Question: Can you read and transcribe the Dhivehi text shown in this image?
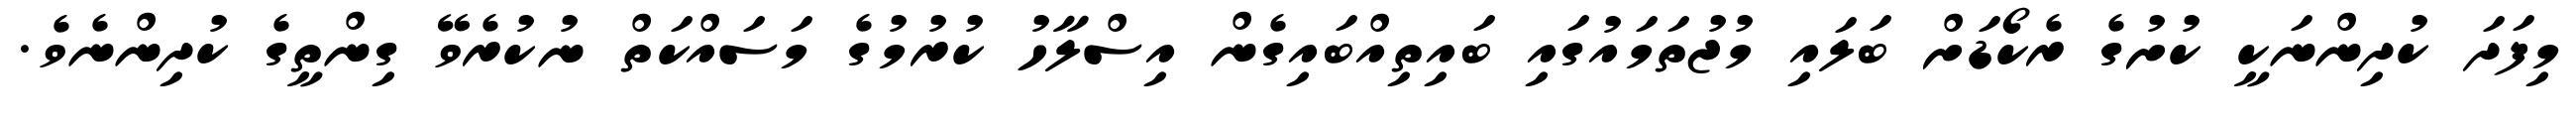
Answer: މިފަދަ ކުދިންނަކީ ކުށުގެ ރެކޯޑަށް ބަލައި މުޖުތަމައުގައި ބައިތިއްބައިގެން އިސްލާހު ކުރުމުގެ މަސައްކަތް ނުކުރެވޭ ގިންތީގެ ކުދިންނެވެ.